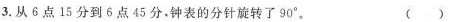
3.从6点15分到6点45分，钟表的分针旋转了90°。( )